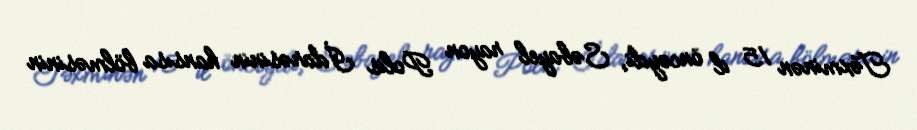
Təxminən 15 il öncəydi, Səbayel rayon Polis İdarəsinin hansısa bölməsinin